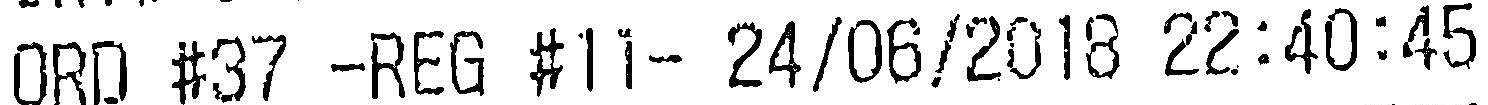
ORD #37 -REG #11- 24/06/2018 22:40:45